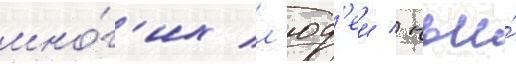
мно́г'их л'юд'еи / чьи́